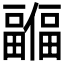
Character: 𫤊